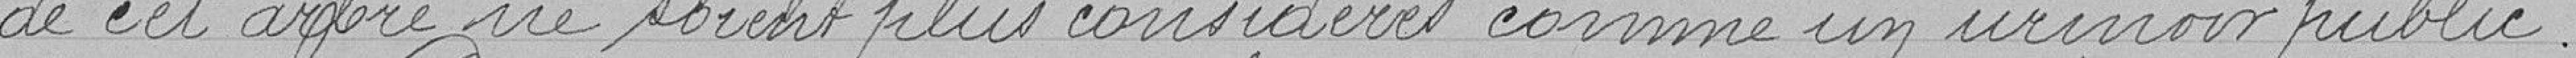
de cet arbre ne soient plus considérés comme un urinoir public.